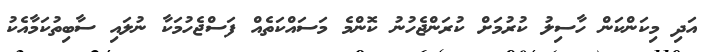
އަދި މިކަންކަން ހާސިލު ކުރުމަށް ކުރަންޖެހުނު ކޮންމެ މަސައްކަތެއް ފަސްޖެހުމަކާ ނުލައި ސާބިތުކަމާއެކު